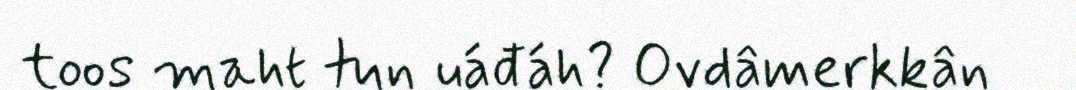
toos maht tun uáđáh? Ovdâmerkkân